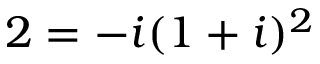
2 = - i ( 1 + i ) ^ { 2 }